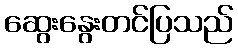
ဆွေးနွေးတင်ပြသည်